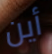
أين